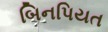
બિનપિયત